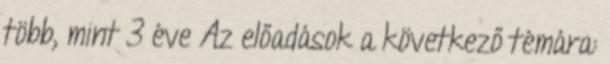
több, mint 3 éve Az előadások a következő témára: